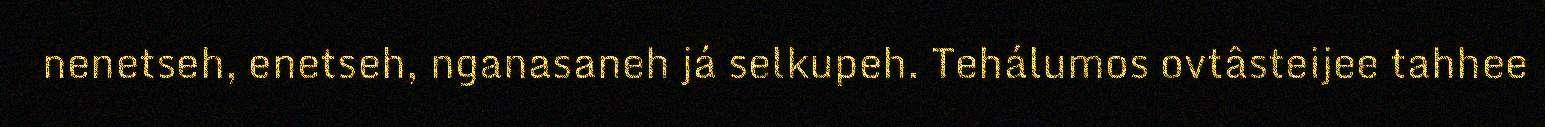
nenetseh, enetseh, nganasaneh já selkupeh. Tehálumos ovtâsteijee tahhee